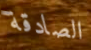
الصادقة